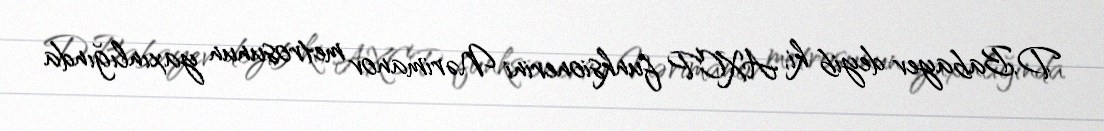
D.Babayev deyib ki, AXCP funksionerini Nərimanov metrosunun yaxınlığında